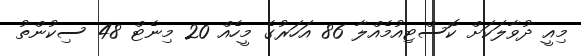
މިއީ ދުވާލަކަށް ކޮސްޓިއުމެއްލާ 86 އަހަރުގެ މީހެއް 20 މިނެޓް 48 ސިކުންތު